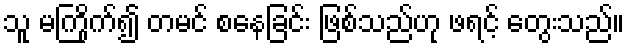
သူ မကြိုက်၍ တမင် စနေခြင်း ဖြစ်သည်ဟု ဖရင့် တွေးသည်။